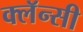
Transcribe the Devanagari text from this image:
क्लॅन्सी